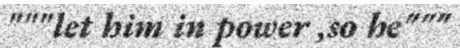
"""let him in power ,so he"""